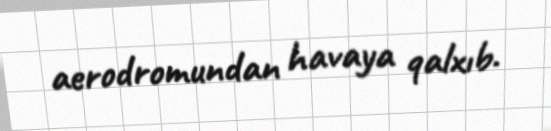
aerodromundan havaya qalxıb.